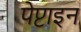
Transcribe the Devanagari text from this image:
पेप्टाइन